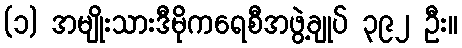
(၁) အမျိုးသားဒီမိုကရေစီအဖွဲ့ချုပ် ၃၉၂ ဦး။